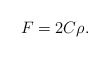
\begin{align*}F=2C\rho.\end{align*}